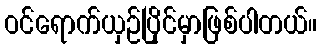
ဝင်ရောက်ယှဉ်ပြိုင်မှာဖြစ်ပါတယ်။